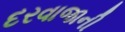
દરવાજાની